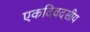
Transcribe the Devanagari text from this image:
एकदिवदसीय